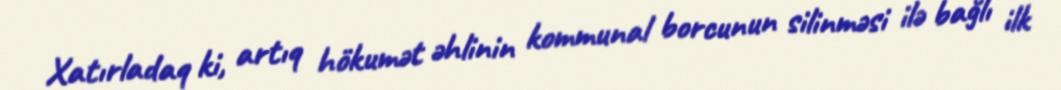
Xatırladaq ki, artıq hökumət əhlinin kommunal borcunun silinməsi ilə bağlı ilk